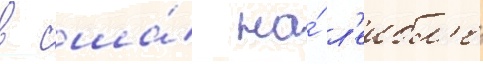
в сша́ на́ л'еибл'е